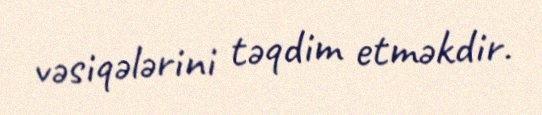
vəsiqələrini təqdim etməkdir.